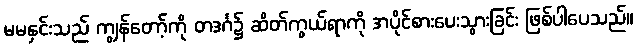
မမနှင်းသည် ကျွန်တော့်ကို တဒင်္ဂ၌ ဆိတ်ကွယ်ရာကို အပိုင်စားပေးသွားခြင်း ဖြစ်ပါပေသည်။